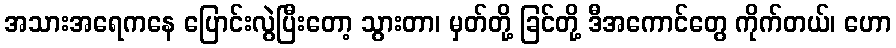
အသားအရေကနေ ပြောင်းလွဲပြီးတော့ သွားတာ၊ မှတ်တို့ ခြင်တို့ ဒီအကောင်တွေ ကိုက်တယ်၊ ဟော